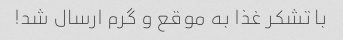
با تشکر غذا به موقع و گرم ارسال شد!